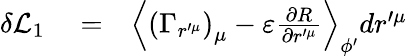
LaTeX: \begin{array}{rlr}{\delta\mathcal{L}_{1}}&{{}=}&{\left\langle\left(\Gamma_{r^{\prime\mu}}\right)_{\mu}-\varepsilon\frac{\partial R}{\partial r^{\prime\mu}}\right\rangle_{\phi^{\prime}}dr^{\prime\mu}}\end{array}